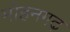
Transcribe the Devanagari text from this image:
मोहनगढ़